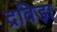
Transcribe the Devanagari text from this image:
द्रविड़ा